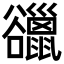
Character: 䜲